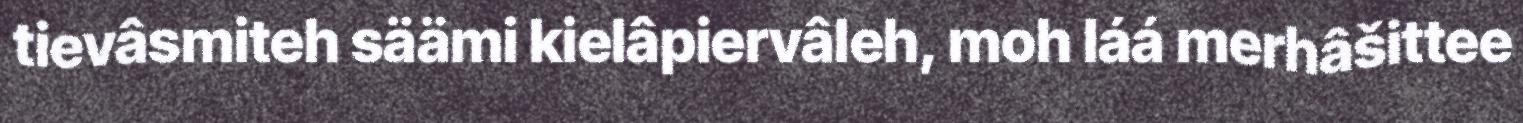
tievâsmiteh säämi kielâpiervâleh, moh láá merhâšittee